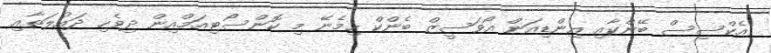
އެކްސިސް ބޭންކާއި އިންޑިއަން އޯވަސީޒް ބެންކް ހިމެނޭ މި ކޮންސޯޓިއަމްއިން ދިވެހި ދައުލަތާއި